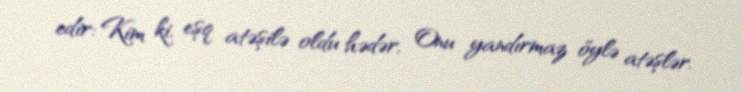
edir: Kim ki, eşq atəşilə oldu hədər, Onu yandırmaz öylə atəşlər.